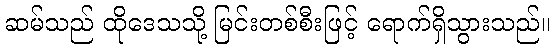
ဆမ်သည် ထိုဒေသသို့ မြင်းတစ်စီးဖြင့် ရောက်ရှိသွားသည်။